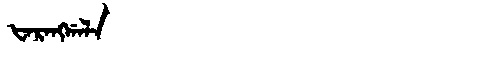
Manchu: ᡶᠠᡵᠠᠩᡤᠠᠯᠠ
Romanization: FARANGGALA